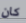
كان